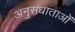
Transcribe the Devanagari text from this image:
अनुसंधाताओं